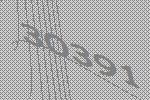
30391